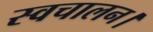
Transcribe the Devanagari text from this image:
स्वचालन।